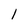
Character: 1